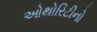
ઓથોરિટીનો